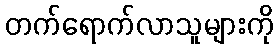
တက်ရောက်လာသူများကို